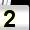
Digit: 2